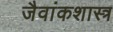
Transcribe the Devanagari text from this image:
जैवांकशास्त्र